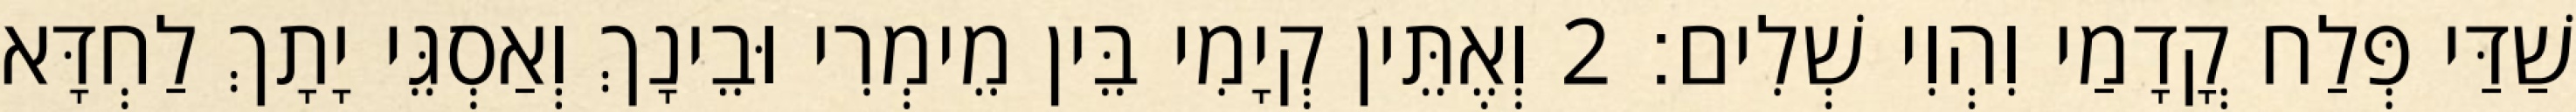
שַׁדַּי פְּלַח קֳדָמַי וִהְוִי שְׁלִים׃ 2 וְאֶתֵּין קְיָמִי בֵּין מֵימְרִי וּבֵינָךְ וְאַסְגֵּי יָתָךְ לַחְדָּא